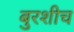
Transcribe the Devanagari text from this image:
बुरशीच